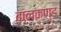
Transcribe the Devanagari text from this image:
बालकण्ड